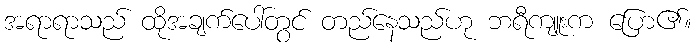
အရာရာသည် ထိုအချက်ပေါ်တွင် တည်နေသည်ဟု ဘရီကျူးက ပြော၏။